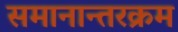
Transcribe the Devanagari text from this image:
समानान्तरक्रम